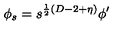
\phi _ { s } = s ^ { \frac { 1 } { 2 } ( D - 2 + \eta ) } \phi ^ { \prime }